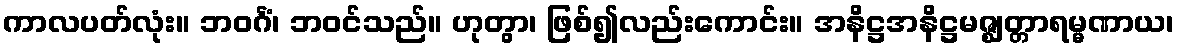
ကာလပတ်လုံး။ ဘဝင်္ဂံ၊ ဘဝင်သည်။ ဟုတွာ၊ ဖြစ်၍လည်းကောင်း။ အနိဋ္ဌအနိဋ္ဌမဇ္ဈတ္တာရမ္မဏာယ၊